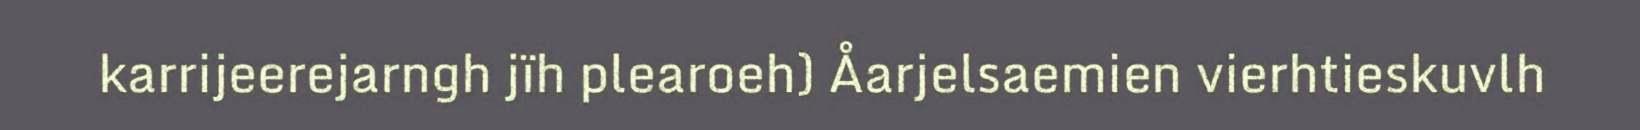
karrijeerejarngh jïh plearoeh) Åarjelsaemien vierhtieskuvlh